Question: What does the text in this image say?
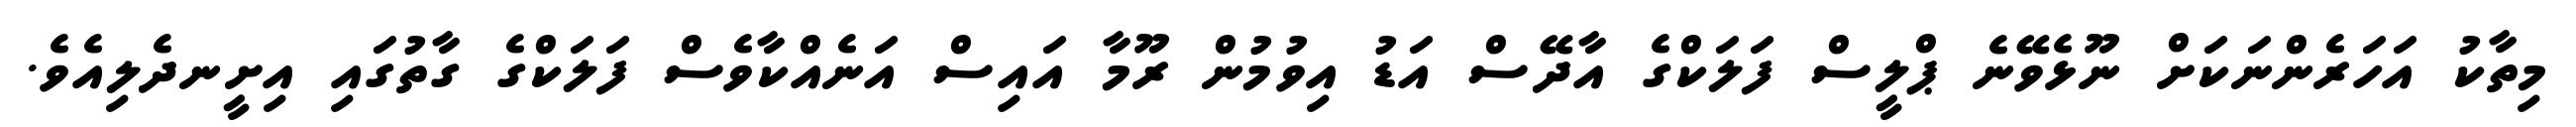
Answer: މިތާކު އަހަރެންނަކަށް ނޫޅެވޭނެ ޕްލީސް ފަލަކްގެ އާދޭސް އަޑު އިވުމުން ރޫމާ އައިސް އަނެއްކާވެސް ފަލަކްގެ ގާތުގައި އިށީނދެލިއެވެ.